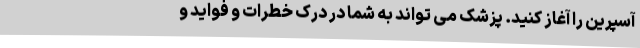
آسپرین را آغاز کنید. پزشک می تواند به شما در درک خطرات و فواید و